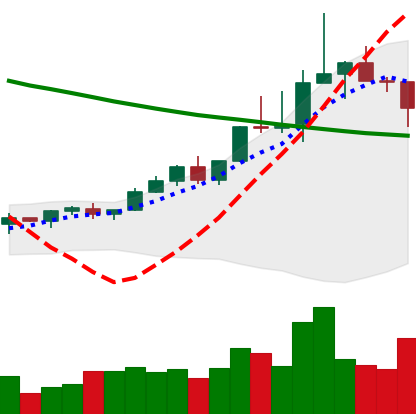
Ticker: TRX-USD
Chart end date: 2022-04-04
Forward return: -9.673%
Label: down_7plus